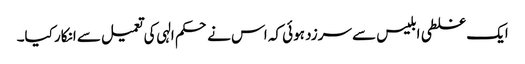
ایک غلطی ابلیس سے سرزد ہوئی کہ اس نے حکم الہی کی تعمیل سے انکار کیا۔